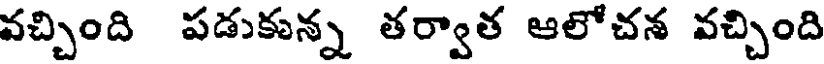
వచ్చింది పడుకున్న తర్వాత ఆలోచన వచ్చింది